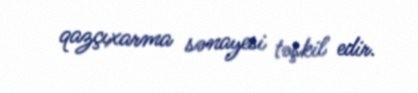
qazçıxarma sənayesi təşkil edir.